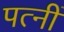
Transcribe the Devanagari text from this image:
पत्नीं